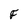
Character: F